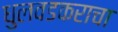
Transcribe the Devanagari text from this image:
धुलवडकराचा